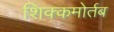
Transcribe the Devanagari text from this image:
शिक्कमोर्तब